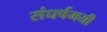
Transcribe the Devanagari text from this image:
संघर्षमयी